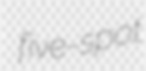
five-spot